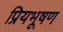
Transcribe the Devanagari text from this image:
प्रियभूषण